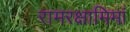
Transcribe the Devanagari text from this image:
रामरक्षामिमां